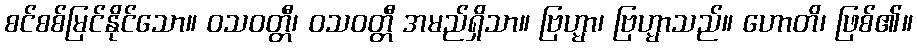
စင်စစ်မြင်နိုင်သော။ ဝသဝတ္တီ၊ ဝသဝတ္တီ အမည်ရှိသာ။ ဗြဟ္မာ၊ ဗြဟ္မာသည်။ ဟောတိ၊ ဖြစ်၏။